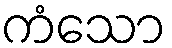
ကံသော